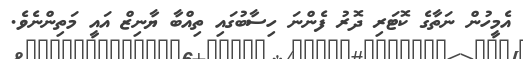
އެމީހުން ނަތާގެ ކޮޓަރި ދޮރު ފެންނަ ހިސާބުގައި ތިއްބާ ޔާނިޒް އައީ މަތިންނެވެ.